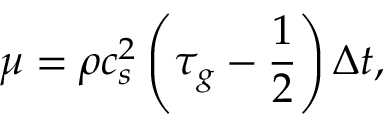
\mu = \rho c _ { s } ^ { 2 } \left( { { \tau _ { g } } - \frac { 1 } { 2 } } \right) \Delta t ,